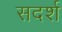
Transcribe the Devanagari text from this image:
सदर्श